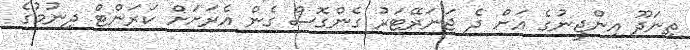
ތިނަދޫ އިންޖީނުގެ އަށް ދެ ޖަނަރޭޓަރު ގެންގޮސް ގެން އެރަށަށް ކަރަންޓް ދިނުމުގެ